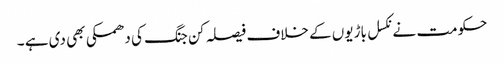
حکومت نے نکسل باڑیوں کے خلاف فیصلہ کن جنگ کی دھمکی بھی دی ہے ۔